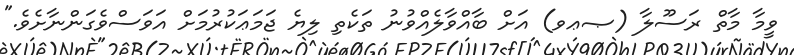
ވީމާ މާތް ރަސޫލާ (ޞޢވ) އަށް ބާއްވާލެއްވުނު ތަކެތި ލިޔެ ޖަމަޢަކުރުމަށް އަވަސްވެގަންނާށެވެ."